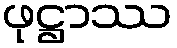
ဖုဋ္ဌာဿ